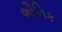
ભૌતિક